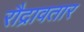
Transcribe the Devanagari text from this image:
रौद्रावतार